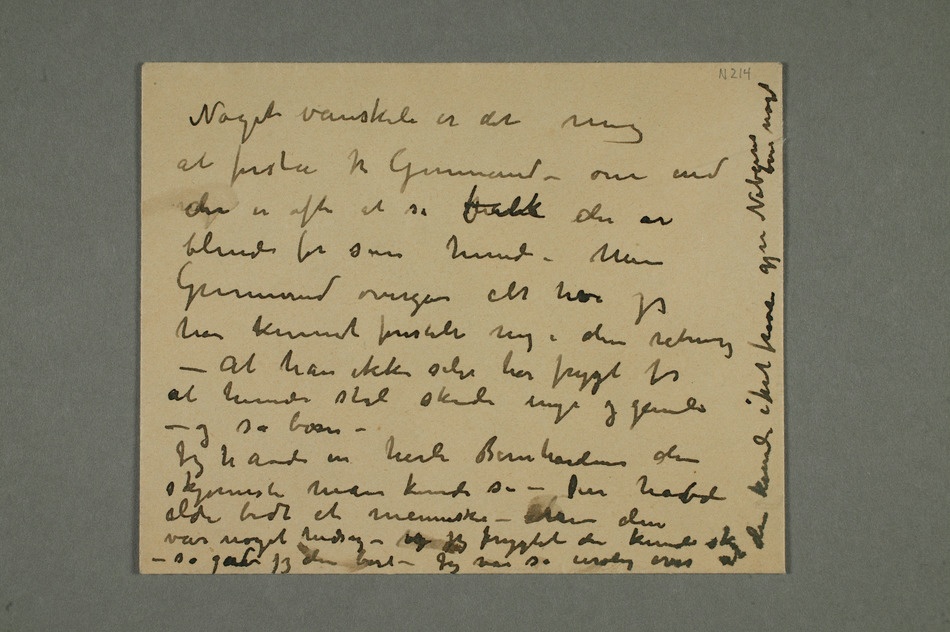
Noget vanskeli er det mig
at forstå hr Gunnerud – om end
der er ofte at se folk der er
blinde for sin hund – Men
Gunnerud overgår alt hva jeg
har kunnet forestille mig i den retning
– At han ikke selv har frygt for
at hunden skal skade unge og gamle
– og så børn –
Jeg havde en herlig Bernhardenser den
skjønneste man kunde se – Den hadvde
aldri bidt et menneske – Men den
så gadv jeg den bort – Jeg var så urolig over at den kunde i fred prøve gjøre